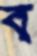
ব